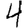
Digit: 4